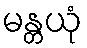
မန္တယုံ